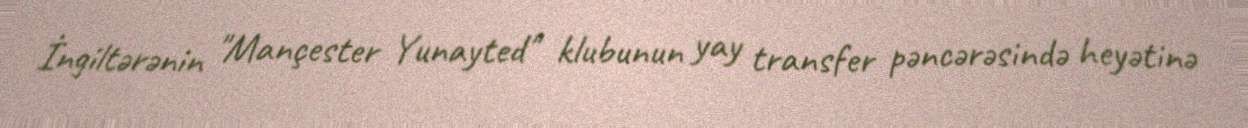
İngiltərənin "Mançester Yunayted" klubunun yay transfer pəncərəsində heyətinə